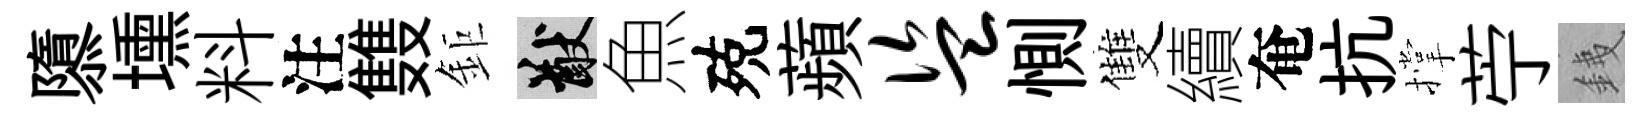
隳壎料注䨇鉅猷魚殑蘋盗惻雙續奄抗撑苧銕